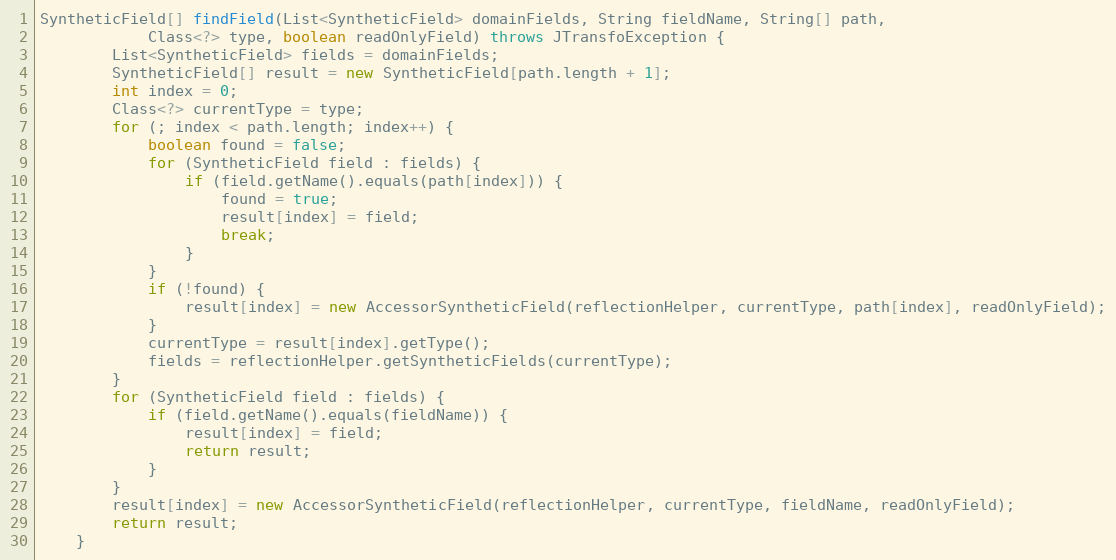
Language: Java
SyntheticField[] findField(List<SyntheticField> domainFields, String fieldName, String[] path,
            Class<?> type, boolean readOnlyField) throws JTransfoException {
        List<SyntheticField> fields = domainFields;
        SyntheticField[] result = new SyntheticField[path.length + 1];
        int index = 0;
        Class<?> currentType = type;
        for (; index < path.length; index++) {
            boolean found = false;
            for (SyntheticField field : fields) {
                if (field.getName().equals(path[index])) {
                    found = true;
                    result[index] = field;
                    break;
                }
            }
            if (!found) {
                result[index] = new AccessorSyntheticField(reflectionHelper, currentType, path[index], readOnlyField);
            }
            currentType = result[index].getType();
            fields = reflectionHelper.getSyntheticFields(currentType);
        }
        for (SyntheticField field : fields) {
            if (field.getName().equals(fieldName)) {
                result[index] = field;
                return result;
            }
        }
        result[index] = new AccessorSyntheticField(reflectionHelper, currentType, fieldName, readOnlyField);
        return result;
    }